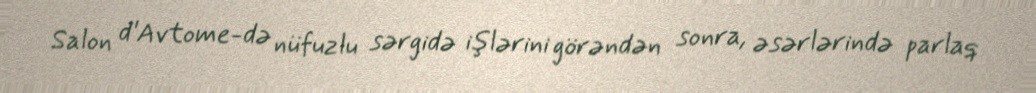
Salon d'Avtome-də nüfuzlu sərgidə işlərini görəndən sonra, əsərlərində parlaq